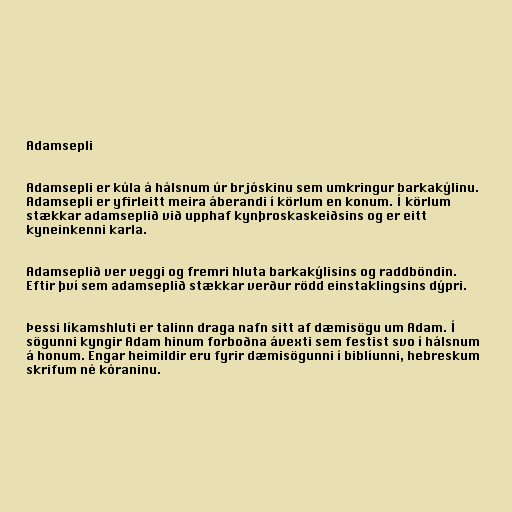
Adamsepli

Adamsepli er kúla á hálsnum úr brjóskinu sem umkringur barkakýlinu.
Adamsepli er yfirleitt meira áberandi í körlum en konum. Í körlum
stækkar adamseplið við upphaf kynþroskaskeiðsins og er eitt
kyneinkenni karla.

Adamseplið ver veggi og fremri hluta barkakýlisins og raddböndin.
Eftir því sem adamseplið stækkar verður rödd einstaklingsins dýpri.

Þessi líkamshluti er talinn draga nafn sitt af dæmisögu um Adam. Í
sögunni kyngir Adam hinum forboðna ávexti sem festist svo í hálsnum
á honum. Engar heimildir eru fyrir dæmisögunni í biblíunni, hebreskum
skrifum né kóraninu.